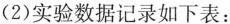
(2)实验数据记录如下表：